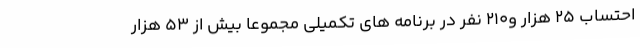
احتساب 25 هزار و210 نفر در برنامه های تکمیلی مجموعا بیش از 53 هزار